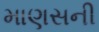
માણસની